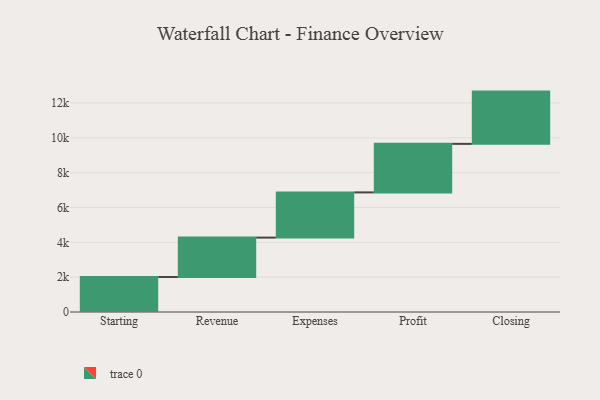
{"axis": {"x": "Step", "y": "Value"}, "legend": [""], "data": [{"x": "Starting", "y": 2011.0, "type": ""}, {"x": "Revenue", "y": 2260.0, "type": ""}, {"x": "Expenses", "y": 2595.0, "type": ""}, {"x": "Profit", "y": 2786.0, "type": ""}, {"x": "Closing", "y": 3000, "type": ""}]}